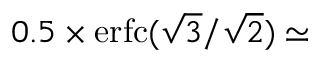
0 . 5 \times \mathrm { e r f c } ( \sqrt { 3 } / \sqrt { 2 } ) \simeq